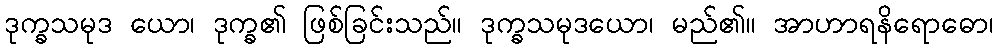
ဒုက္ခသမုဒ ယော၊ ဒုက္ခ၏ ဖြစ်ခြင်းသည်။ ဒုက္ခသမုဒယော၊ မည်၏။ အာဟာရနိရောဓော၊